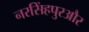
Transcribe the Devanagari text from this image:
नरसिंहपुरऔर